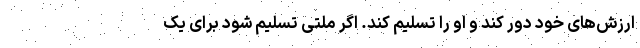
ارزش‌های خود دور کند و او را تسلیم کند. اگر ملتی تسلیم شود برای یک